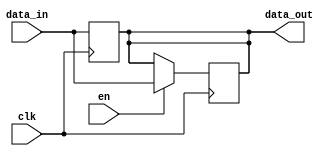
module seq_logic_block (
    input wire data_in,
    input wire clk,
    input wire en,
    output reg data_out
);

// Transparent latch
always @(posedge clk) begin
    if (en) begin
        data_out <= data_in;
    end
end

// D flip-flop
always @(posedge clk) begin
    data_out <= data_in;
end

endmodule